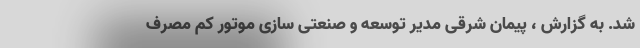
شد. به گزارش ، پیمان شرقی مدیر توسعه و صنعتی‌ سازی موتور کم‌ مصرف